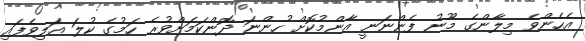
އެހެންވެ މިލާންގެ މޫނު ފެންނަނީ އާންމުކޮށް ހުންނަ ދޮންކަމަށްވުރެ ހަމުގެ ކުލަ އަލިވެފައި